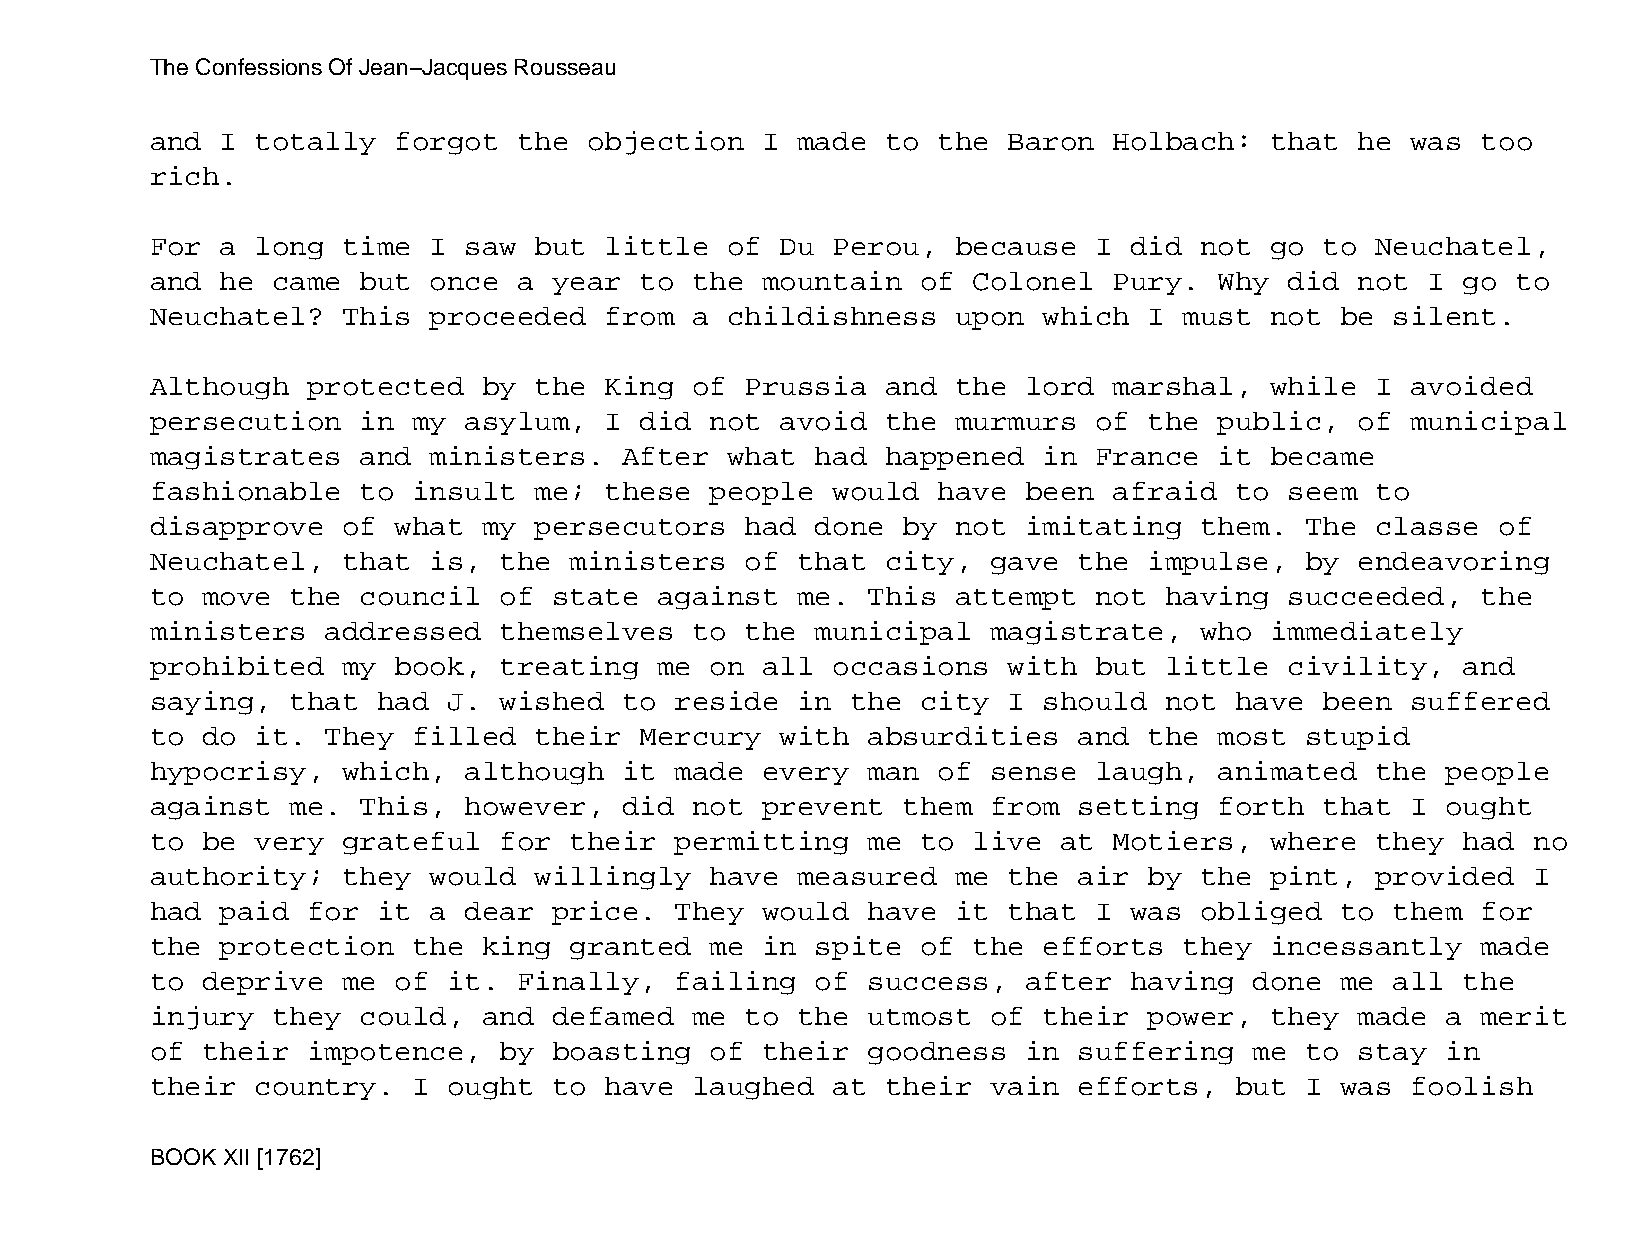
The Confessions Of Jean−Jacques Rousseau
 and  I totally  forgot  the  objection  I  made  to the  Baron  Holbach:  that  he was  too
 rich.
 For  a long  time I  saw but  little  of  Du Perou,  because  I  did not  go  to Neuchatel,
 and  he came  but once  a  year to  the mountain   of Colonel   Pury.  Why did  not  I go to
 Neuchatel?   This proceeded   from  a childishness   upon  which  I must  not  be silent.
 Although  protected   by the  King  of Prussia   and the  lord  marshal,  while  I avoided
 persecution   in my  asylum,  I did  not  avoid  the murmurs  of  the  public,  of municipal
 magistrates   and ministers.   After  what  had  happened  in France   it became
 fashionable   to insult  me;  these  people  would  have  been  afraid  to seem  to
 disapprove   of what  my persecutors   had  done  by not  imitating  them.  The  classe  of
 Neuchatel,   that is,  the  ministers  of  that  city,  gave the  impulse,  by  endeavoring
 to move  the  council  of  state  against  me. This  attempt  not  having  succeeded,   the
 ministers   addressed  themselves   to the  municipal   magistrate,  who  immediately
 prohibited   my book,  treating   me on all  occasions   with but  little  civility,   and
 saying,  that  had  J. wished  to  reside  in the  city  I should  not  have  been suffered
 to do  it.  They filled  their  Mercury   with absurdities   and  the  most stupid
 hypocrisy,   which,  although  it  made every  man  of  sense laugh,   animated  the  people
 against  me.  This,  however,  did  not prevent   them  from setting   forth  that I  ought
 to be  very  grateful  for  their  permitting  me  to live  at  Motiers,  where  they  had no
 authority;   they would  willingly   have  measured  me  the air  by the  pint,  provided  I
 had  paid for  it a  dear  price.  They would  have  it  that I  was obliged   to them  for
 the  protection  the  king  granted  me in  spite  of the  efforts  they  incessantly   made
 to deprive   me of  it. Finally,   failing  of success,   after  having  done  me all  the
 injury  they  could,  and  defamed  me to  the utmost   of their  power,  they  made  a merit
 of their  impotence,   by  boasting  of their  goodness   in suffering   me to  stay  in
 their  country.  I  ought  to have  laughed  at  their  vain efforts,   but I  was foolish
 BOOK XII [1762]